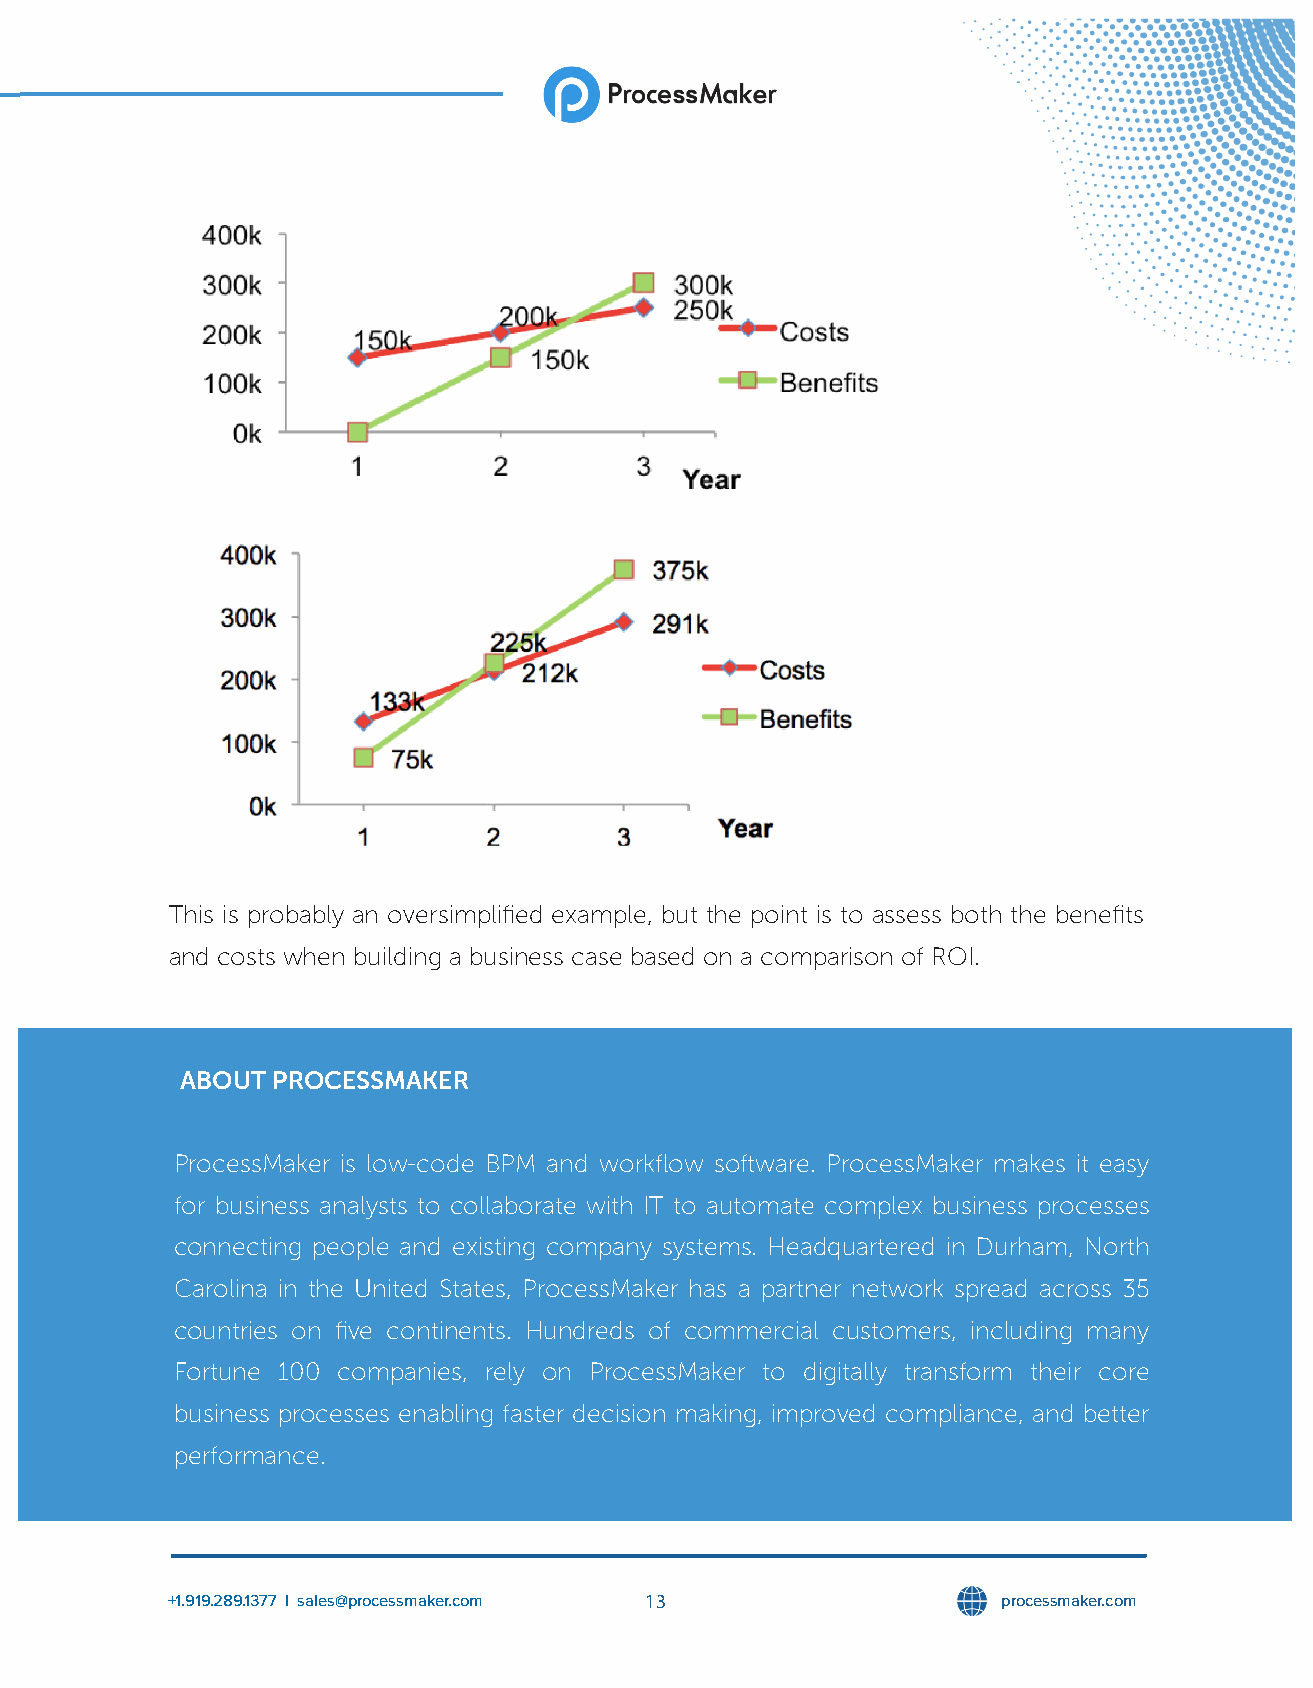
This is probably an oversimplified example, but the point is to assess both the benefits
 and costs when building a business case based on a comparison of ROI.
 ABOUT PROCESSMAKER
 ProcessMaker is low-code BPM and workflow software. ProcessMaker makes it easy
 for business analysts to collaborate with IT to automate complex business processes
 connecting people and existing company systems. Headquartered in Durham, North
 Carolina in the United States, ProcessMaker has a partner network spread across 35
 countries on five continents. Hundreds of commercial customers, including many
 Fortune 100 companies, rely on ProcessMaker to digitally transform their core
 business processes enabling faster decision making, improved compliance, and better
 performance.
 +1.919.289.1377 l sales@processmaker.com 13            processmaker.com